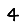
Digit: 4